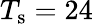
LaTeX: T_{\mathrm{s}}=24